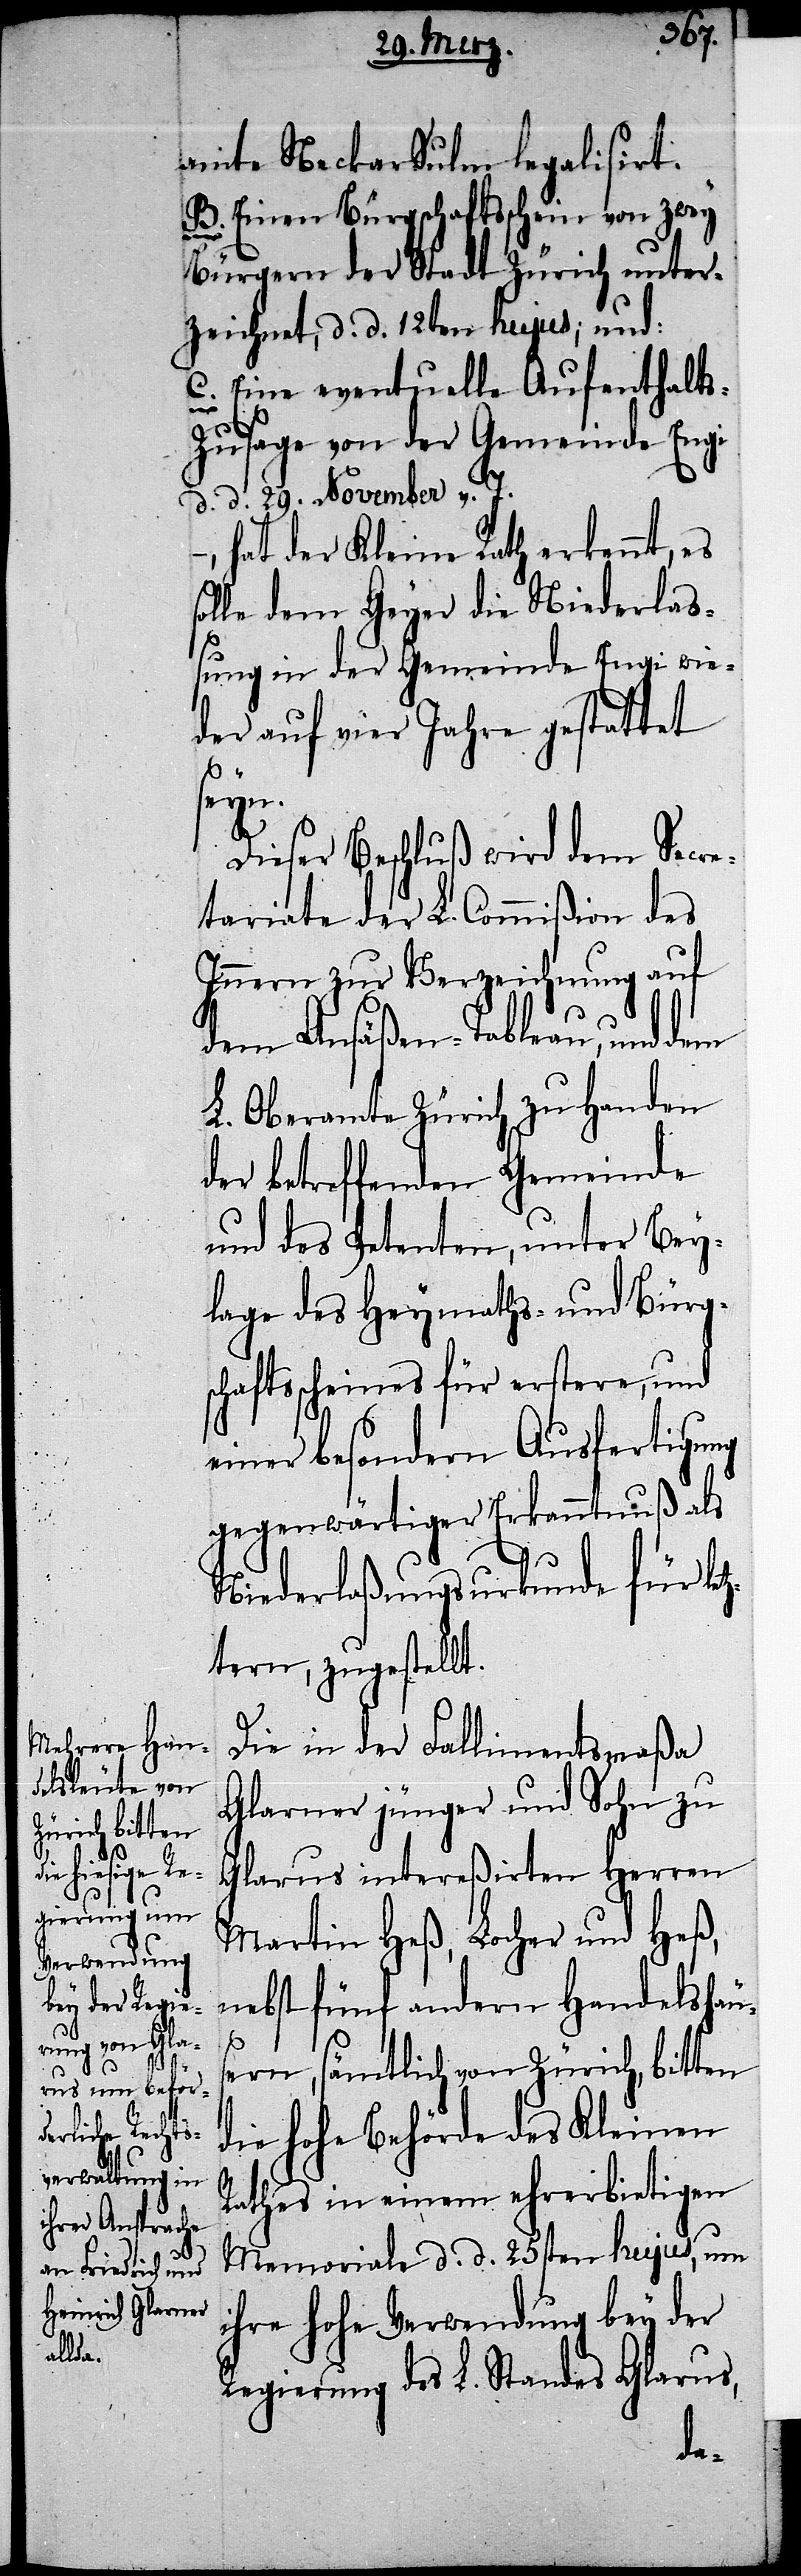
amte Neckar Sulm legalisirt.
B. Einen Bürgschaftsschein von zwey
Bürgern der Stadt Zürich unter¬
zeichnet, d. d. 12ten hujus; und:
C. Eine eventuelle Aufenthalt¬
s-Z¬
usage von der Gemeinde Engi
d. d. 29. November v. J.
–, hat der Kleine Rath erkennt, es
solle dem Geyer die Niederlaß¬
ung in der Gemeinde Engi wie¬
der auf vier Jahre gestattet
seyn.
Dieser Beschluß wird dem Secre¬
tariate der L. Commißion des
Innern zur Verzeichnung auf
dem Ansäßen-Tableau, und dem
L. Oberamte Zürich zu Handen
der betreffenden Gemeinde
und des Petenten, unter Bey¬
lage des Heymaths- und Bürgs¬
chaftsscheines für erstere, und
einer besondern Ausfertigung
gegenwärtiger Erkanntnuß als
Niederlaßungsurkunde für let¬
ztern, zugestellt.
Die in der Fallimentsmaßa
Glarner jünger und Sohn zu
Glarus intereßirten Herren
Martin Heß, Locher und Heß,
nebst fünf andern Handelshäu¬
sern, sämtlich von Zürich, bitten
die hohe Behörde des Kleinen
Rathes in einem ehrerbietigen
Memoriale d. d. 25sten hujus, um
ihre hohe Verwendung bey der
Regierung des L. Standes Glarus,